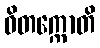
ဝိတက္ကောတိ